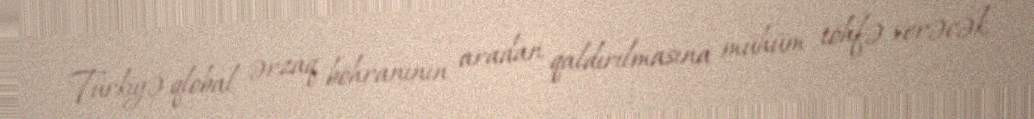
Türkiyə qlobal ərzaq böhranının aradan qaldırılmasına mühüm töhfə verəcək.